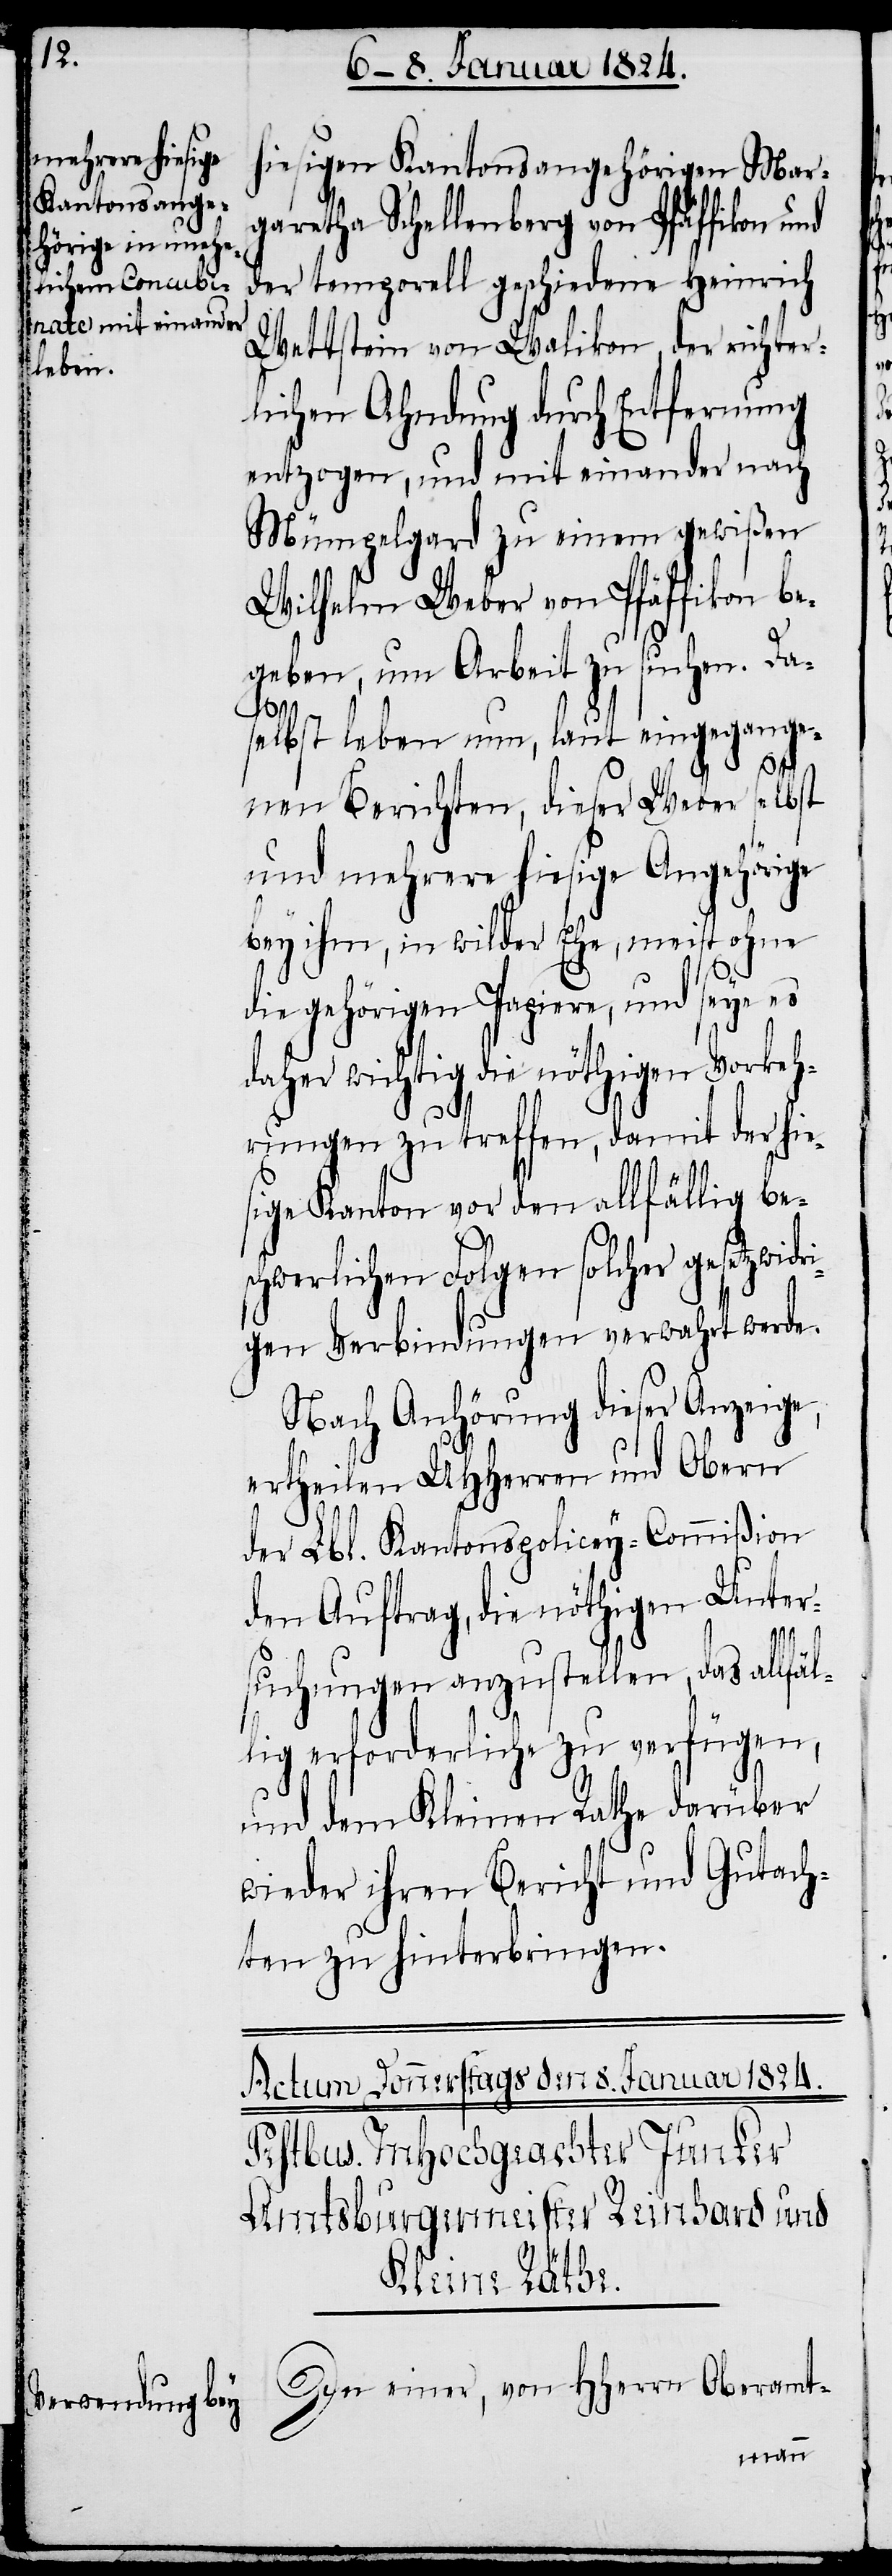
hiesigen Kantonsangehörigen Mar¬
garetha Schellenberg von Pfäffikon und
der temporell geschiedene Heinrich
Wettstein von Walikon, der richter¬
lichen Ahndung durch Entfernung
entzogen, und mit einander nach
Mümpelgard zu einem gewißen
Wilhelm Weber von Pfäffikon be¬
geben, um Arbeit zu suchen. Da¬
selbst leben nun, laut eingegange¬
nen Berichten, dieser Weber selbst
und mehrere hiesige Angehörige
bei ihm, in wilder Ehe, meist ohne
die gehörigen Papiere, und seye es
daher wichtig die nöthigen Vorkeh¬
rungen zu treffen, damit der hie¬
sige Kanton vor den allfällig be¬
schwerlichen Folgen solcher gesetzwid¬
gen Verbindungen verwahrt werde.
Nach Anhörung dieser Anzeige,
ertheilen UHHerren und Obern
der Lbl. Kantonspolizey-Commißion
den Auftrag, die nöthigen Unter¬
ri¬
suchungen anzustellen, das allfäl¬
lig erforderliche zu verfügen,
und dem Kleinen Rathe darüber
wieder ihren Bericht und Gutach¬
ten zu hinterbringen.
In einer, von HHerrn Oberamt-